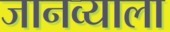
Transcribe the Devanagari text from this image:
जानव्याला